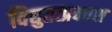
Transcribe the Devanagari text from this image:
विद्युतत्प्रकाश